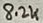
Text: 8.2K